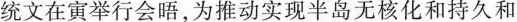
统文在寅举行会晤，为推动实现半岛无核化和持久和